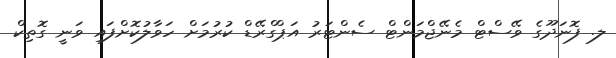
ލ. ފޮނަދޫގެ ވޭސްޓް މެނޭޖްމަންޓް ސެންޓަރު އަޕްގްރޭޑް ކުރުމަށް ހަވާލުކޮށްފައި ވަނީ ގޮތިކް